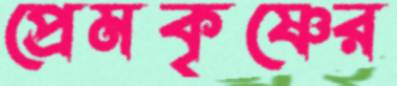
প্রেমকৃষ্ণের